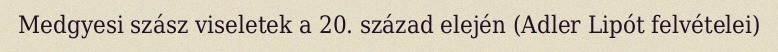
Medgyesi szász viseletek a 20. század elején (Adler Lipót felvételei)